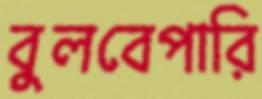
বুলবেপারি